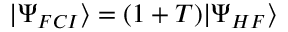
| \Psi _ { F C I } \rangle = ( 1 + T ) | \Psi _ { H F } \rangle